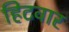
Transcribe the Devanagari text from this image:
हिटवार